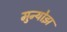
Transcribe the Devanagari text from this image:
मुन्योझ